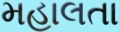
મહાલતા